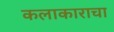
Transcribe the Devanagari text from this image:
कलाकाराचा